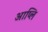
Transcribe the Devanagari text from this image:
आप्लि